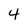
Character: 4